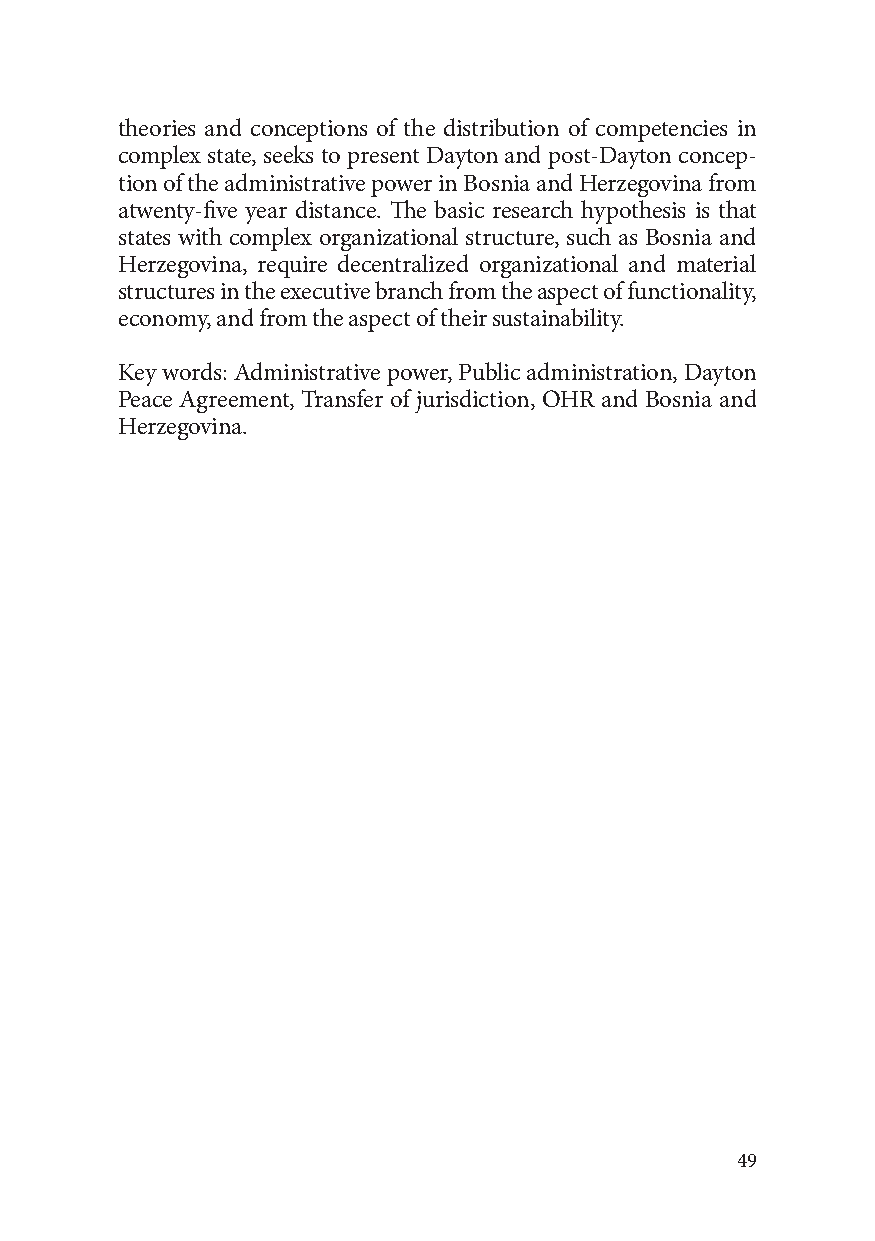
theories and conceptions of the distribution of competencies in
 complex state, seeks to present Dayton and post-Dayton concep-
 tion of the administrative power in Bosnia and Herzegovina from
 atwenty-five year distance. The basic research hypothesis is that
 states with complex organizational structure, such as Bosnia and
 Herzegovina, require decentralized organizational and material
 structures in the executive branch from the aspect of functionality,
 economy, and from the aspect of their sustainability.
 Key words: Administrative power, Public administration, Dayton
 Peace Agreement, Transfer of jurisdiction, OHR and Bosnia and
 Herzegovina.
 49